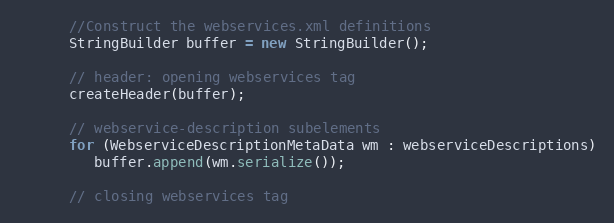
Language: Java
      //Construct the webservices.xml definitions
      StringBuilder buffer = new StringBuilder();

      // header: opening webservices tag
      createHeader(buffer);

      // webservice-description subelements
      for (WebserviceDescriptionMetaData wm : webserviceDescriptions)
         buffer.append(wm.serialize());

      // closing webservices tag